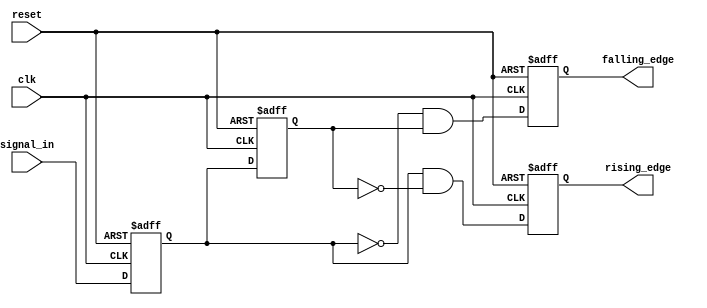
module glitch_free_edge_detector (
    input wire clk,                // Clock signal
    input wire reset,              // Asynchronous reset
    input wire signal_in,          // Input signal to detect edges
    output reg rising_edge,        // Output signal for rising edge detection
    output reg falling_edge        // Output signal for falling edge detection
);

    // Memory blocks to hold the previous and current states
    reg current_state;             // Holds the current state of signal_in
    reg prev_state;                // Holds the previous state of signal_in

    // Always block for edge detection and state update
    always @(posedge clk or posedge reset) begin
        if (reset) begin
            // Initialize states on reset
            current_state <= 1'b0;
            prev_state <= 1'b0;
            rising_edge <= 1'b0;
            falling_edge <= 1'b0;
        end else begin
            // Update the previous state to the current state
            prev_state <= current_state;
            // Update the current state with the input signal
            current_state <= signal_in;

            // Edge detection logic
            rising_edge <= (current_state == 1'b1 && prev_state == 1'b0);
            falling_edge <= (current_state == 1'b0 && prev_state == 1'b1);
        end
    end

endmodule